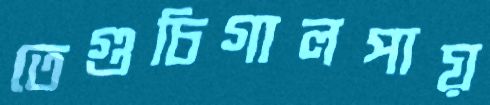
তেগুচিগালপায়